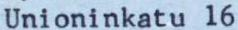
Unioninkatu 16